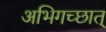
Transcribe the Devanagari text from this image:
अभिगच्छात्